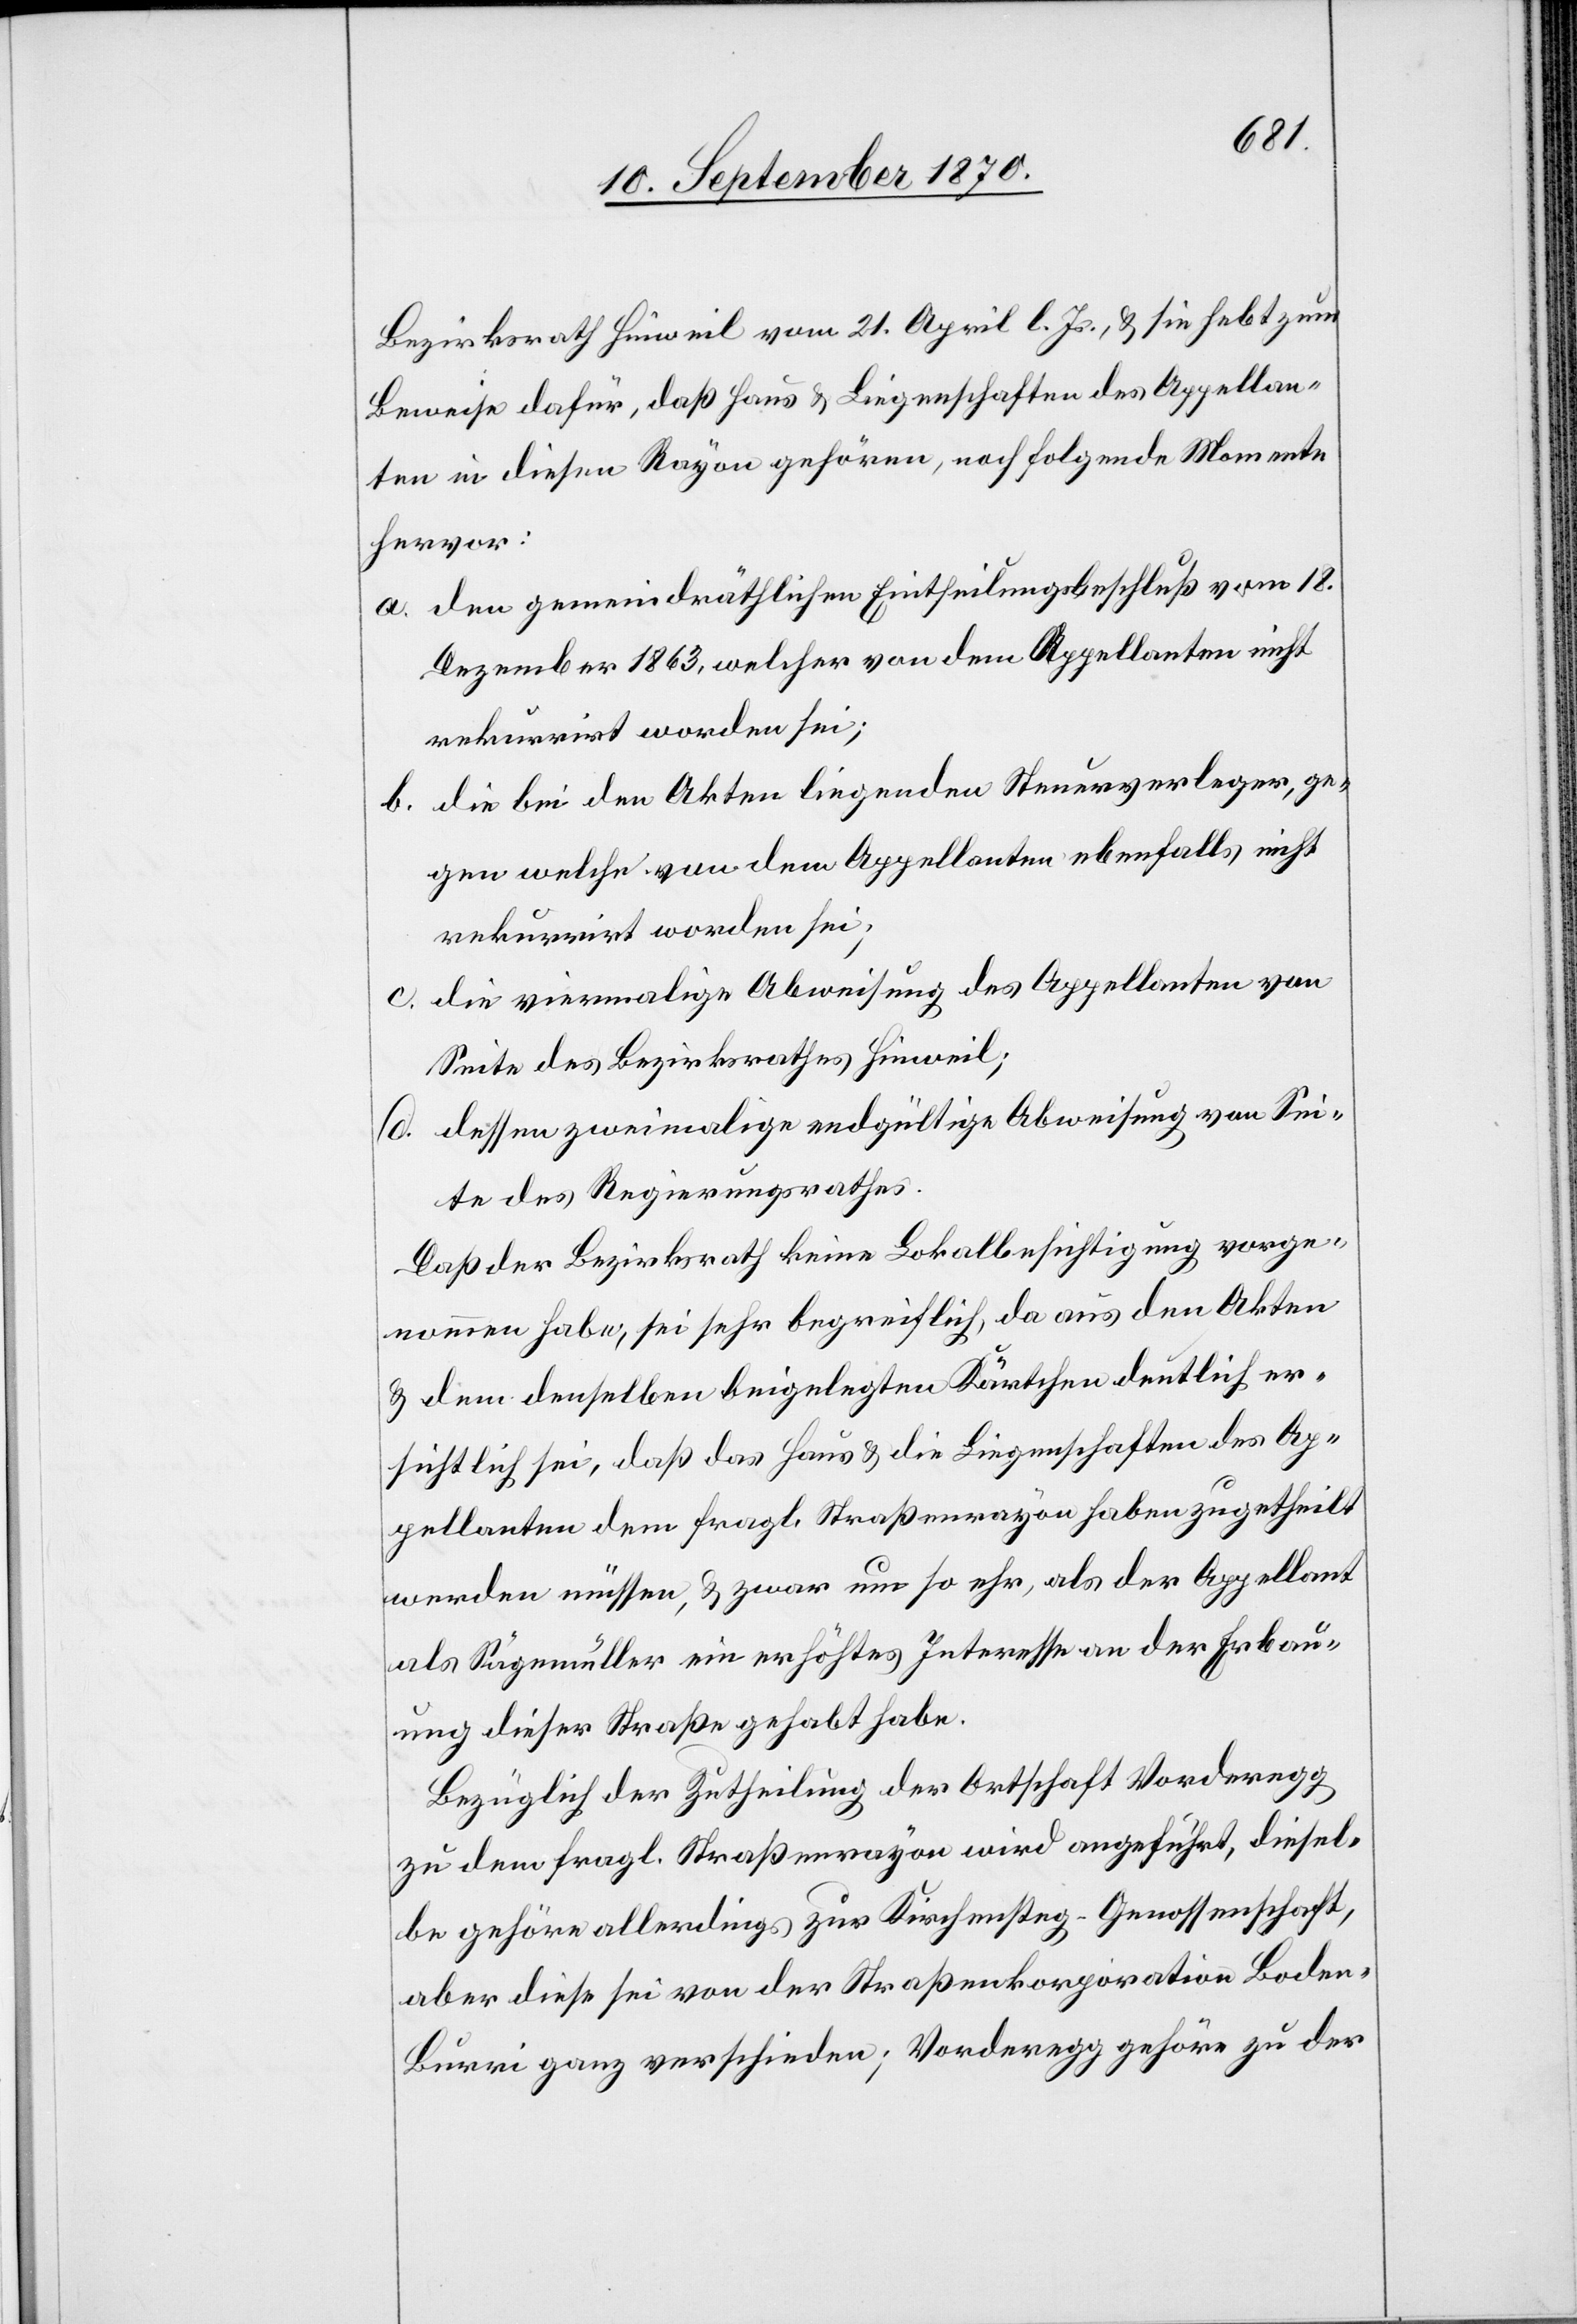
Bezirksrath Hinweil vom 21. April. l. Js., & sie hebt zum
Beweise dafür, daß Haus & Liegenschaften des Appellan¬
ten in diesen Rayon gehören, noch folgende Momente
hervor:
a. den gemeindräthlichen Eintheilungsbeschluß vom 18.
Dezember 1863, welcher von dem Appellanten nicht
rekurrirt worden sei;
b. die bei den Akten liegenden Steuerverleger, ge¬
gen welche von dem Appellanten ebenfalls nicht
rekurrirt worden sei;
c. die viermalige Abweisung des Appellanten von
Seite des Bezirksrathes Hinweil;
d. dessen zweimalige endgültige Abweisung von Sei¬
te des Regierungsrathes.
Daß der Bezirksrath keine Lokalbesichtigung vorge¬
nommen habe, sei sehr begreiflich, da aus den Akten
& dem denselben beigelegten Kärtchen deutlich er¬
sichtlich sei, daß das Haus & die Liegenschaften des Ap¬
pellanten dem fragl. Straßenrayon haben zugetheilt
werden müssen, & zwar um so ehr [sic!], als der Appellant
als Sägemüller ein erhöhtes Interesse an der Erbau¬
ung dieser Straße gehabt habe.
Bezüglich der Zutheilung der Ortschaft Vorderegg
zu dem fragl. Straßenrayon wird angeführt, diesel¬
be gehöre allerdings zur Kirchensteg-Genossenschaft,
aber diese sei von der Straßenkorporation Boden–B¬
urri ganz verschieden; Vorderegg gehöre zu der